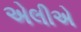
એલીએ